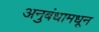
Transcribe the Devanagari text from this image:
अनुबंधामधून